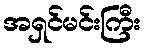
အရှင်မင်းကြီး